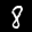
Label: 8